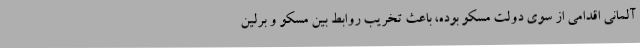
آلمانی اقدامی از سوی دولت مسکو بوده، باعث تخریب روابط بین مسکو و برلین